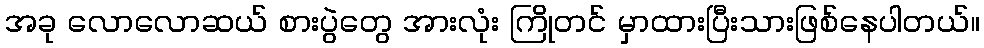
အခု လောလောဆယ် စားပွဲတွေ အားလုံး ကြိုတင် မှာထားပြီးသားဖြစ်နေပါတယ်။